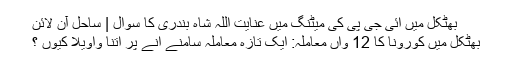
بھٹکل میں آئی جی پی کی میٹنگ میں عنایت اللہ شاہ بندری کا سوال | ساحل آن لائن
بھٹکل میں کورونا کا 12 واں معاملہ: ایک تازہ معاملہ سامنے آنے پر اتنا واویلا کیوں ؟